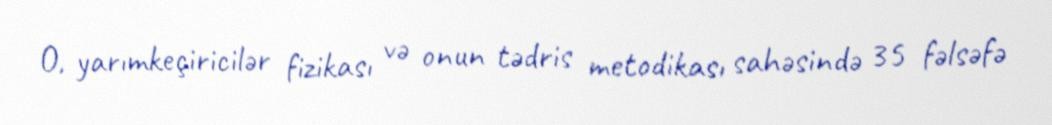
O, yarımkeçiricilər fizikası və onun tədris metodikası sahəsində 35 fəlsəfə